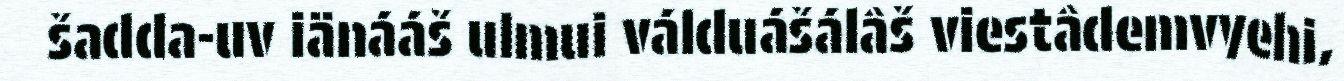
šadda-uv iänááš ulmui válduášálâš viestâdemvyehi,